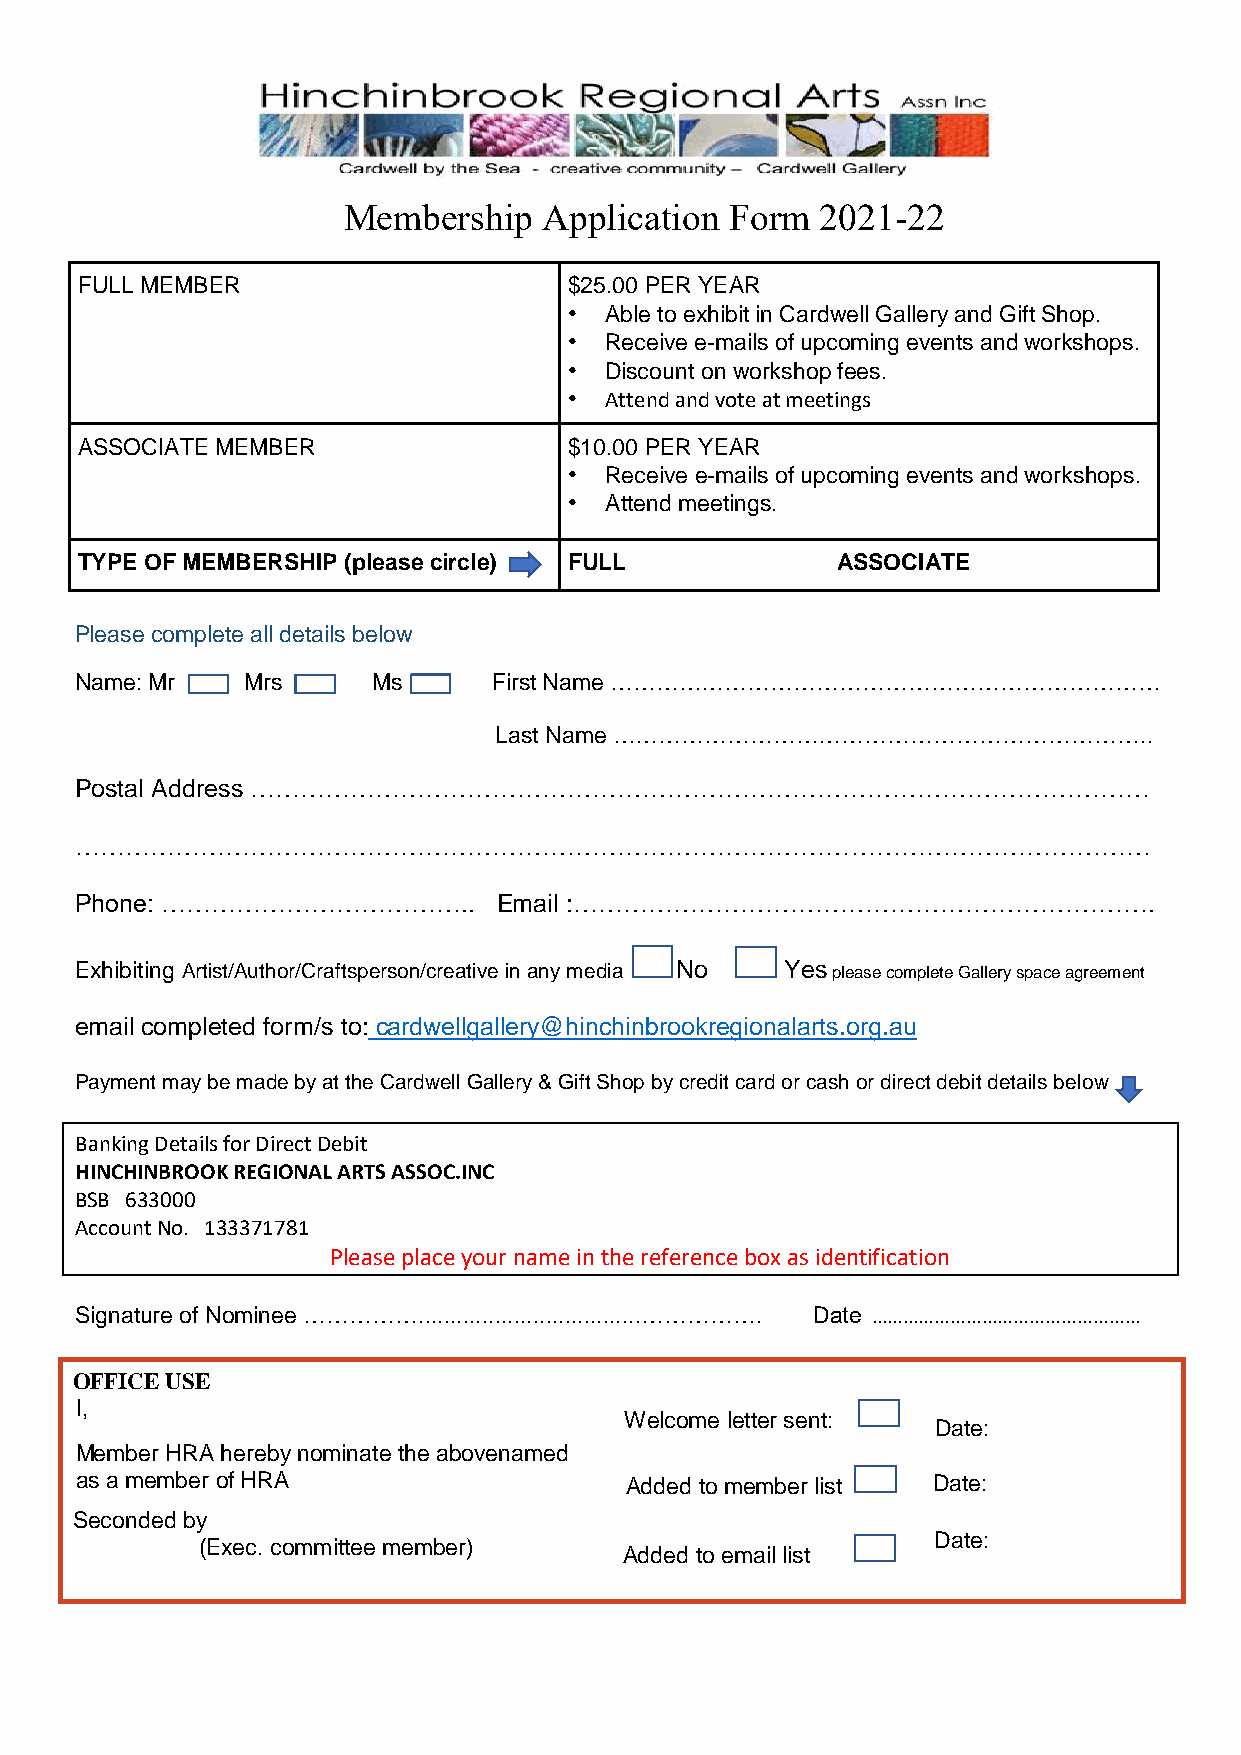
Membership   Application Form  2021-22
 FULL MEMBER                      $25.00 PER YEAR
 • Able to exhibit in Cardwell Gallery and Gift Shop.
 • Receive e-mails of upcoming events and workshops.
 • Discount on workshop fees.
 • Attend and vote at meetings
 ASSOCIATE MEMBER                 $10.00 PER YEAR
 • Receive e-mails of upcoming events and workshops.
 • Attend meetings.
 TYPE OF MEMBERSHIP (please circle) FULL           ASSOCIATE
 Please complete all details below
 Name: Mr   Mrs      Ms      First Name ………………………………………………………………
 Last Name ……………………………………………………………..
 Postal Address ………………………………………………………………………………………………
 …………………………………………………………………………………………………………………
 Phone: ………………………………..       Email :…………………………………………………………….
 Exhibiting Artist/Author/Craftsperson/creative in any media No Yes please complete Gallery space agreement
 email completed form/s to: cardwellgallery@hinchinbrookregionalarts.org.au
 Payment may be made by at the Cardwell Gallery & Gift Shop by credit card or cash or direct debit details below
 Banking Details for Direct Debit
 HINCHINBROOK REGIONAL ARTS ASSOC.INC
 BSB 633000
 Account No. 133371781
 Please place your name in the reference box as identification
 Signature of Nominee ……………...................................……………. Date ……………………………………………
 OFFICE USE
 I,
 Welcome letter sent:
 Date:
 Member HRA hereby nominate the abovenamed
 as a member of HRA                  Added to member list Date:
 Seconded by
 (Exec. committee member)
 Date:
 Added to email list